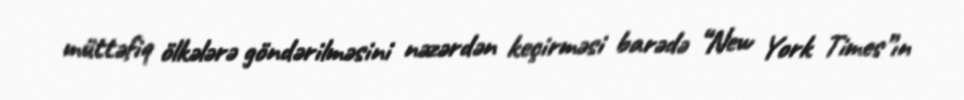
müttəfiq ölkələrə göndərilməsini nəzərdən keçirməsi barədə “New York Times”ın